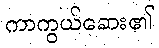
ကာကွယ်ဆေး၏